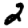
Digit: 2